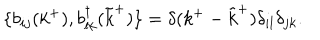
\{ b _ { i j } ( k ^ { + } ) , b _ { l k } ^ { \dagger } ( { \tilde { k } } ^ { + } ) \} = \delta ( k ^ { + } - { \tilde { k } } ^ { + } ) \delta _ { i l } \delta _ { j k } .